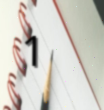
1